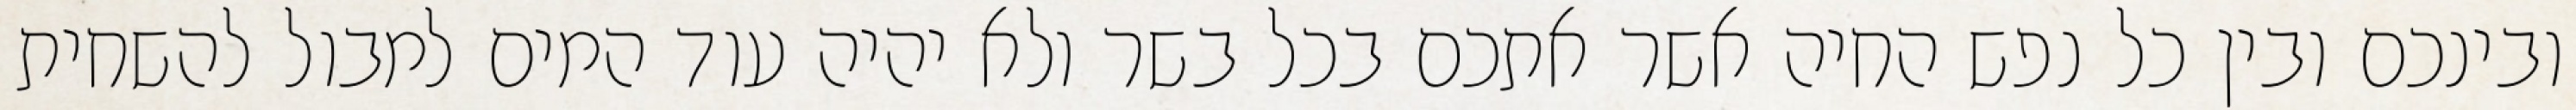
ובינכם ובין כל נפש החיה אשר אתכם בכל בשר ולא יהיה עוד המים למבול להשחית